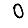
Digit: 0